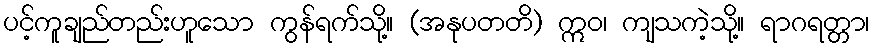
ပင့်ကူချည်တည်းဟူသော ကွန်ရက်သို့။ (အနုပတတိ) ဣဝ၊ ကျသကဲ့သို့။ ရာဂရတ္တာ၊